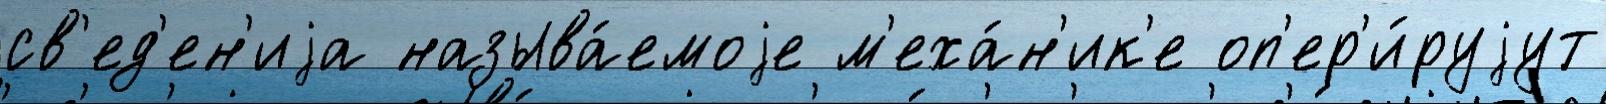
св'ед'ен'иjа называ́емоjе м'еха́н'ик'е оп'ер'и́руjут